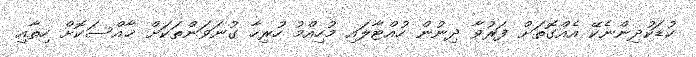
ކުޑަކުދިންނެކޭ އެއްގޮތަށް ފަރުވާ ދިނުން ހުއްޓާލައި މުހިއްމު ހުރިހާ ގުނަވަންތަކަށް ޚާއްސަކޮށް ހިތާއި